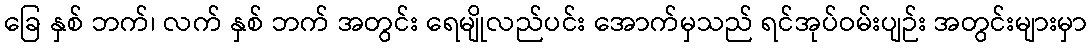
ခြေ နှစ် ဘက်၊ လက် နှစ် ဘက် အတွင်း ရေမျိုလည်ပင်း အောက်မှသည် ရင်အုပ်ဝမ်းပျဉ်း အတွင်းများမှာ